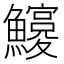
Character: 𩼵